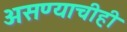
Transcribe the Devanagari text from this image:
असण्याचीही